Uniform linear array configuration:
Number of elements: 24
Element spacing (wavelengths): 0.75
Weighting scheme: exponential
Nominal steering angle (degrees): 60
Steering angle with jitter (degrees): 58.374
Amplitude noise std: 0.05
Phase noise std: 0.05

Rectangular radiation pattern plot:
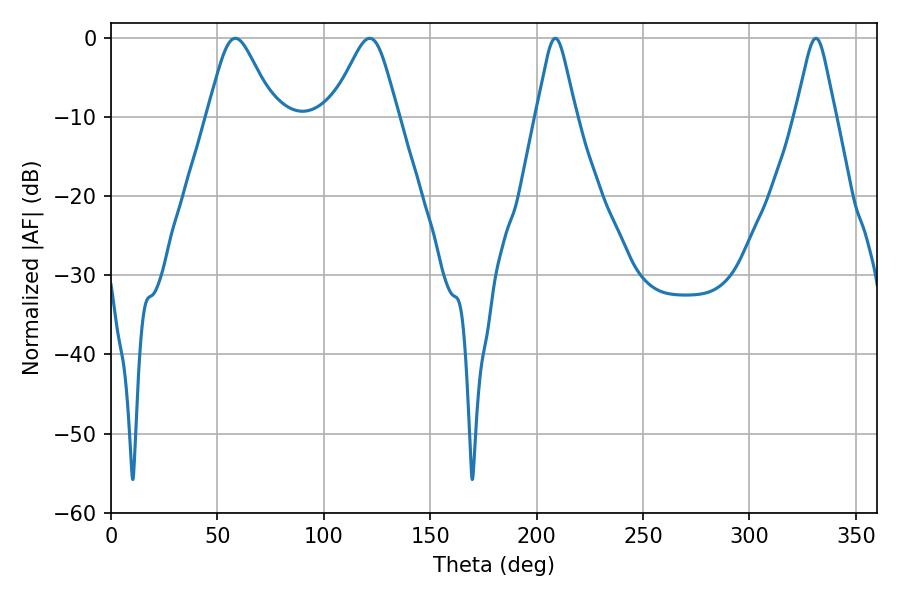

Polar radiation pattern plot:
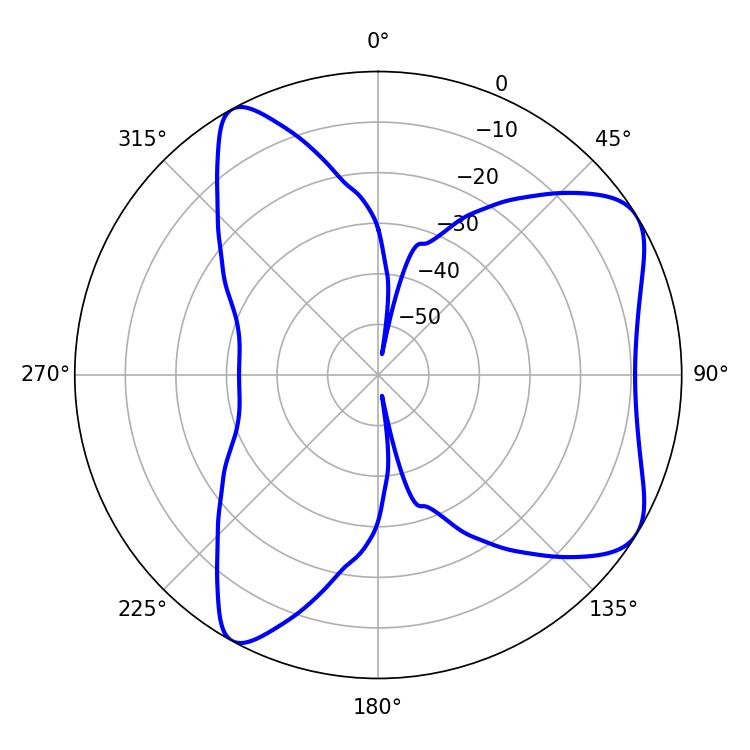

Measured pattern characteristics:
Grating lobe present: TRUE
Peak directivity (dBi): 6.942
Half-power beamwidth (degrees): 8.82
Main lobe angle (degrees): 208.8